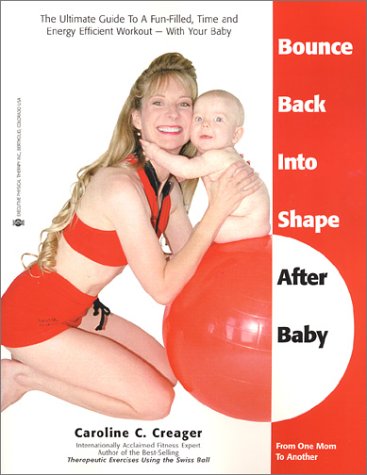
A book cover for Bounce Back Into Shape After Baby: The Ultimate Guide to a Fun-Filled, Time and Energy Efficient Workout-With Your Baby; Caroline C. Creager; Health, Fitness & Dieting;